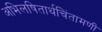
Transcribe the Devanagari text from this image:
अभिलषितार्थचिंतामणी